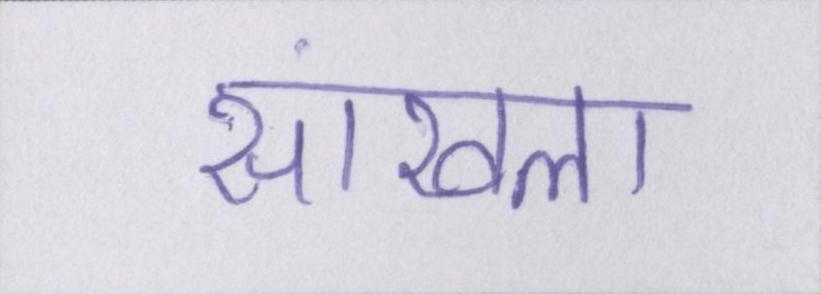
सांखला